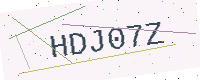
Text: HDJ07Z